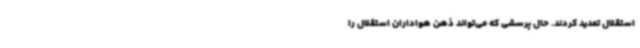
استقلال تمدید کردند. حال پرسشی که می‌تواند ذهن هواداران استقلال را